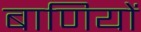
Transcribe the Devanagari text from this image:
बाणियों